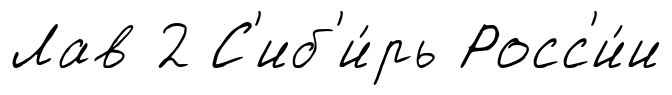
Лав 2 С'иб'и́рь Росс'и́и